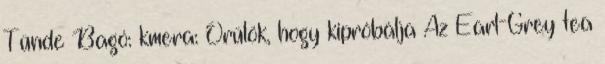
Tünde Bagó: kmera: Örülök, hogy kipróbálja Az Earl-Grey tea